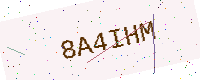
Text: 8A4IHM